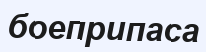
боеприпаса